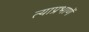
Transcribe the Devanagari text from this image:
त्याप्रभाणें